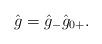
LaTeX: \begin{gather*}\hat{g}=\hat{g}_{-}\hat{g}_{0+}.\end{gather*}